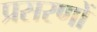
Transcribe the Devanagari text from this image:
प्रसरणों